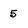
Character: 5